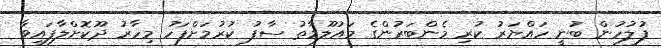
ފުލުހުން ބުނީ ހައްޔަރު ކުރި މެންބަރުންގެ މައުލޫމާތު ސާފު ކުރުމަށްފަހު މިހާރު ދޫކޮށްލާފައިވާ